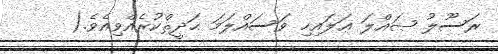
ރަސޫލު ޞައްލަ ޢަލައިހި ވަސައްލަމަ ޙަދީޘްކުރެއްވިއެވެ.(